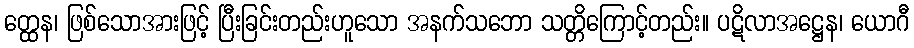
တ္ထေန၊ ဖြစ်သောအားဖြင့် ပြီးခြင်းတည်းဟူသော အနက်သဘော သတ္တိကြောင့်တည်း။ ပဋိလာအဋ္ဌေန၊ ယောဂီ